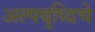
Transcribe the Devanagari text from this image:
अल्पबुध्दिचे